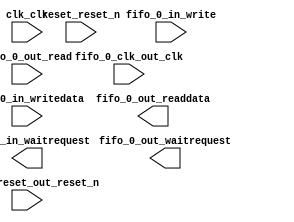

module fifo_decimation_3 (
	clk_clk,
	reset_reset_n,
	fifo_0_reset_out_reset_n,
	fifo_0_in_writedata,
	fifo_0_in_write,
	fifo_0_in_waitrequest,
	fifo_0_out_readdata,
	fifo_0_out_read,
	fifo_0_out_waitrequest,
	fifo_0_clk_out_clk);	

	input		clk_clk;
	input		reset_reset_n;
	input		fifo_0_reset_out_reset_n;
	input	[31:0]	fifo_0_in_writedata;
	input		fifo_0_in_write;
	output		fifo_0_in_waitrequest;
	output	[31:0]	fifo_0_out_readdata;
	input		fifo_0_out_read;
	output		fifo_0_out_waitrequest;
	input		fifo_0_clk_out_clk;
endmodule